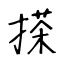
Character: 搽